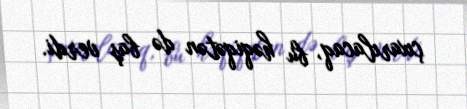
çıxarılacaq, bu həqiqətən də baş verdi.